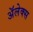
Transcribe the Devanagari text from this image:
अॅलेक्स